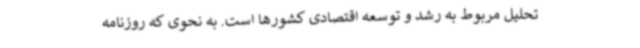
تحلیل مربوط به رشد و توسعه اقتصادی کشورها است. به نحوی که روزنامه